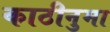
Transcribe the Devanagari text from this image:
काठीनुमा